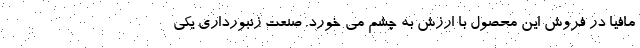
مافیا در فروش این محصول با ارزش به چشم می خورد. صنعت زنبورداری یکی